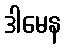
ဒါမေန